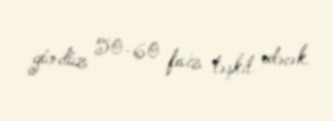
gündüz 50-60 faiz təşkil edəcək.